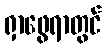
ရှာဖွေရာတွင်